Report on horse surra - Volume I
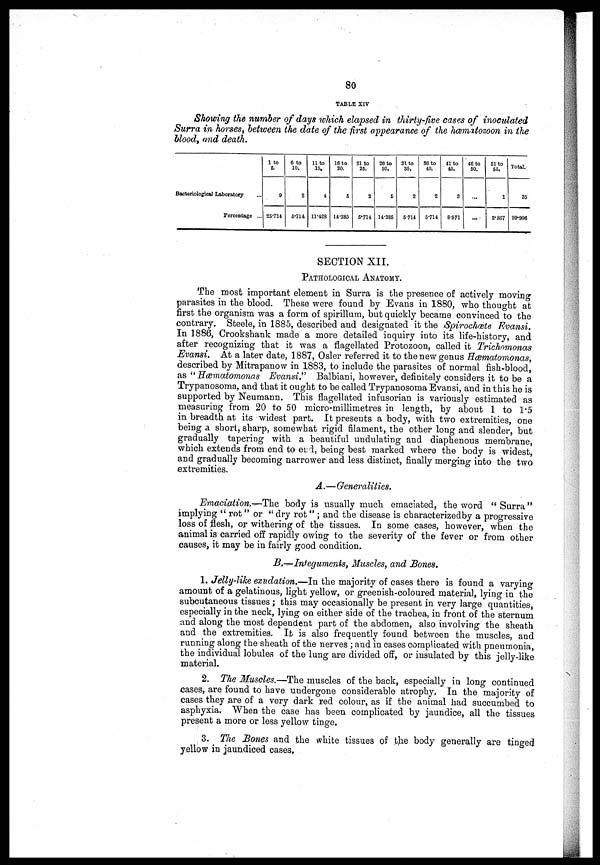
80
TABLE XIV
Showing the number of days which elapsed in thirty-five cases of inoculated
Surra in horses, between the date of the first appearance of the hœmatozoon in the
blood, and death.
Bacteriological Laboratory
Percentage ...
1 to
5.
9
25.714
6 to
10.
2
5.714
11 to
15.
4
11.428
16 to
20.
6
14.285
21 to
26.
2
5.714
26 to
30.
6
14.285
31 to
35.
2
5.714
36 to
40.
2
5.714
41 to
45.
3
8.571
46 to
50.
...
61 to
65.
1
2.857
Total.
35
99.996
SECTION XII.
PATHOLOGICAL ANATOMY.
The most important element in Surra is the presence of actively moving
parasites in the blood. These were found by Evans in 1880, who thought at
first the organism was a form of spirillum, but quickly became convinced to the
contrary. Steele, in 1885, described and designated it the Spirochœte Evansi.
In 1886, Crookshank made a more detailed inquiry into its life-history, and
after recognizing that it was a flagellated Protozoon, called it Trichomonas
Evansi. At a later date, 1887, Osier referred it to the new genus Hœmatomonas,
described by Mitrapanow in 1883, to include the parasites of normal fish-blood,
as "Hœmatomonas Evansi." Balbiani, however, definitely considers it to be a
Trypanosoma, and that it ought to be called Trypanosoma Evansi, and in this he is
supported by Neumann. This flagellated infusorian is variously estimated as
measuring from 20 to 50 micro-millimetres in length, by about 1 to 1.5
in breadth at its widest part. It presents a body, with two extremities, one
being a short, sharp, somewhat rigid filament, the other long and slender, but
gradually tapering with a beautiful undulating and diaphenous membrane,
which extends from end to er:d, being best marked where the body is widest,
and gradually becoming narrower and less distinct, finally merging into the two
extremities.
A.—Generalities.
Emaciation,—The body is usually much emaciated, the word " Surra"
implying " rot" or " dry rot" ; and the disease is characterizedby a progressive
loss of flesh, or withering of the tissues. In some cases, however, when the
animal is carried off rapidly owing to the severity of the fever or from other
causes, it may be in fairly good condition.
B.—Infeguments, Muscles, and Bones,
1. Jelly-like exudation.—In the majority of cases there is found a varying
amount of a gelatinous, light yellow, or greenish-coloured material, lying in the
subcutaneous tissues ; this may occasionally be present in very large quantities,
especially in the neck, lying on either side of the trachea, in front of the sternum
and along the most dependent part of the abdomen, also involving the sheath
and the extremities. It is also frequently found between the muscles, and
running along the sheath of the nerves ; and in cases complicated with pneumonia,
the individual lobules of the lung are divided off, or iusulated by this jelly-like
material.
2. The Muscles.—The muscles of the back, especially in long continued
cases, are found to have undergone considerable atrophy. In the majority of
cases they are of a very dark red colour, as if the animal had succumbed to
asphyxia. When the case has been complicated by jaundice, all the tissues
present a more or less yellow tinge.
3. The Bones and the white tissues of the body generally are tinged
yellow in jaundiced cases.